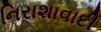
નિરાશાવાદી